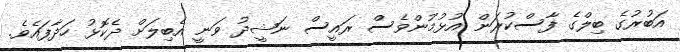
އަބުރުގެ ބިލްގެ ފާސްކުރަން އުޅުމުންވެސް ރައީސް ނަޝީދު ވަނީ އެބިލަށް ދެކޮޅު ހަދާފައެވެ.